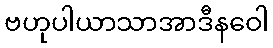
ဗဟုပါယာသာအာဒီနဝေါ